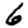
Digit: 6